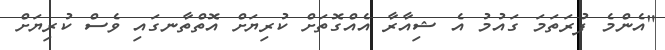
"އެންމެ ފުރަތަމަ ގައުމު އެ ޝިއާރާ އެއްގޮތަށް ކުރިޔަށް އޮތްތާނގައި ވެސް ކުރިޔަށް